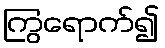
ကြွရောက်၍